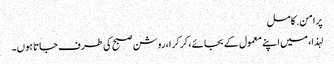
پرامن. کامل
لہذا ، میں اپنے معمول کے بجائے ، کرکرا ، روشن صبح کی طرف جاتا ہوں۔